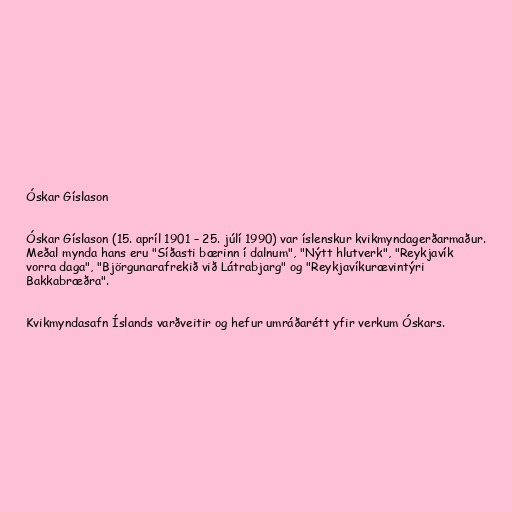
Óskar Gíslason

Óskar Gíslason (15. apríl 1901 – 25. júlí 1990) var íslenskur kvikmyndagerðarmaður.
Meðal mynda hans eru "Síðasti bærinn í dalnum", "Nýtt hlutverk", "Reykjavík
vorra daga", "Björgunarafrekið við Látrabjarg" og "Reykjavíkurævintýri
Bakkabræðra".

Kvikmyndasafn Íslands varðveitir og hefur umráðarétt yfir verkum Óskars.